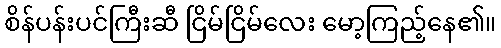
စိန်ပန်းပင်ကြီးဆီ ငြိမ်ငြိမ်လေး မော့ကြည့်နေ၏။